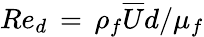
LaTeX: Re_{d}\, =\, \rho_{f}\overline{{U}}d/\mu_{f}